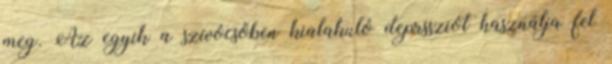
meg. Az egyik a szívócsőben kialakuló deprssziót használja fel